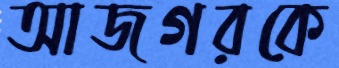
আজগরকে